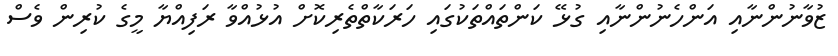
ޒުވާނުންނާއި އަންހެނުންނާއި ގުޅޭ ކަންތައްތަކުގައި ހަރަކާތްތެރިކޮށް އުޅުއްވާ ރަފިއްޔާ މީގެ ކުރިން ވެސް